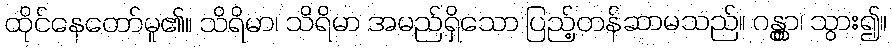
ထိုင်နေတော်မူ၏။ သိရိမာ၊ သိရိမာ အမည်ရှိသော ပြည့်တန်ဆာမသည်။ ဂန္တွာ၊ သွား၍။